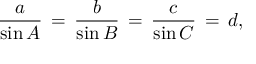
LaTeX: { \frac { a } { \sin A } } \, = \, { \frac { b } { \sin B } } \, = \, { \frac { c } { \sin C } } \, = \, d ,